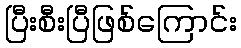
ပြီးစီးပြီဖြစ်ကြောင်း